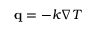
\mathbf { q } = - k { \nabla } T